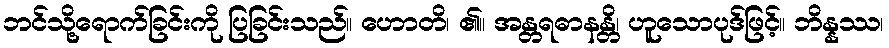
ဘင်သို့ရောက်ခြင်းကို ပြခြင်းသည်။ ဟောတိ၊ ၏။ အန္တရဓာနန္တိ၊ ဟူသောပုဒ်ဖြင့်။ ဘိန္နဿ၊